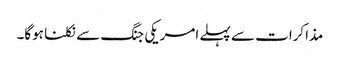
مذاکرات سے پہلے امریکی جنگ سے نکلنا ہوگا۔